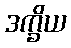
ဒက္ခိယ